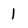
Character: 1